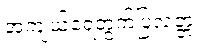
အကျယ်ရေတွက်ပြလတ္တံ့။